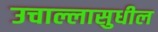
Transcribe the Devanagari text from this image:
उचाल्लासुधील